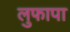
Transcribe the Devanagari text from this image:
लुफापा